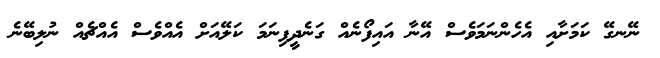
ނޭނގޭ ކަމަށާއި އެހެންނަމަވެސް އޭނާ އައިފޯނެއް ގަނެދީފިނަމަ ކަލޭއަށް އެއްވެސް އެއްޗެއް ނުލިބޭނެ